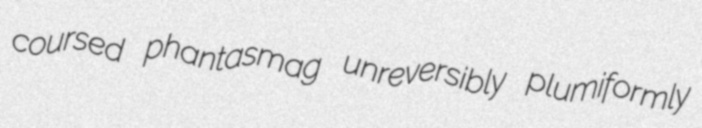
coursed phantasmag unreversibly plumiformly